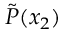
\Tilde { P } ( x _ { 2 } )